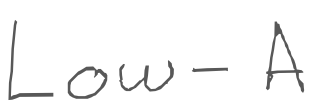
Text: Low-A
Cross-out: clean
Writing tool: digital_gray